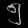
Digit: ၅